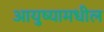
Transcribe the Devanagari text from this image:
आयुष्यामधील